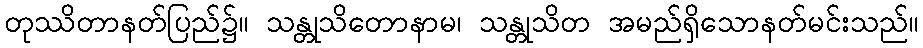
တုဿိတာနတ်ပြည်၌။ သန္တုသိတောနာမ၊ သန္တုသိတ အမည်ရှိသောနတ်မင်းသည်။